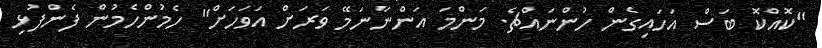
"ކޮއްކޮ ބަސް އަހައިގެން ހުންނައްޗެ. މަންމަ އަންނާނަމޭ ވަރަށް އަވަހަށް" ހެމުންހެމުން ފެންފުޅި